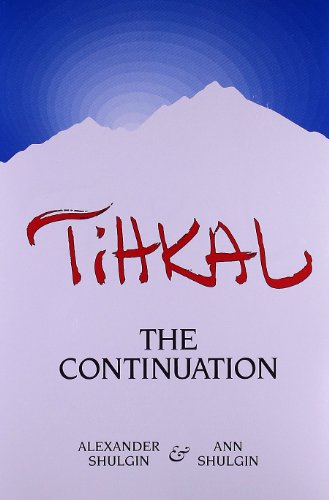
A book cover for Tihkal: The Continuation; Alexander Shulgin; Health, Fitness & Dieting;